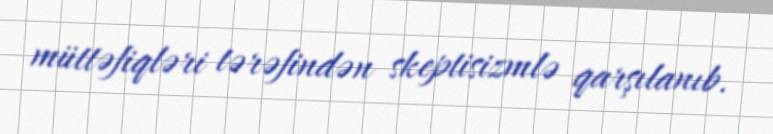
müttəfiqləri tərəfindən skeptisizmlə qarşılanıb.